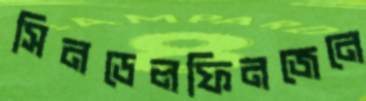
সিনডেলফিনজেনে